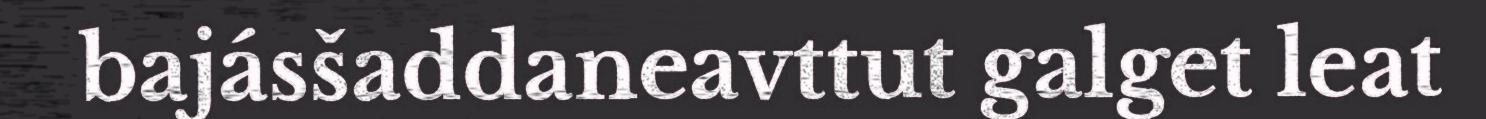
bajásšaddaneavttut galget leat